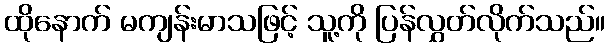
ထိုနောက် မကျန်းမာသဖြင့် သူ့ကို ပြန်လွှတ်လိုက်သည်။